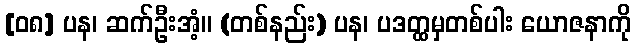
[၀၈] ပန၊ ဆက်ဦးအံ့။ (တစ်နည်း) ပန၊ ပဒတ္ထမှတစ်ပါး ယောဇနာကို